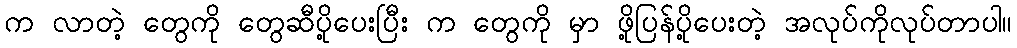
က လာတဲ့ တွေကို တွေဆီပို့ပေးပြီး က တွေကို မှာ ဖို့ပြန်ပို့ပေးတဲ့ အလုပ်ကိုလုပ်တာပါ။